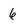
Character: 6